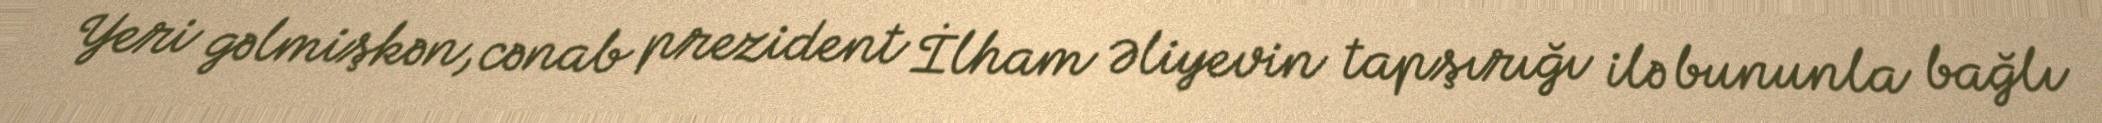
Yeri gəlmişkən, cənab prezident İlham Əliyevin tapşırığı ilə bununla bağlı